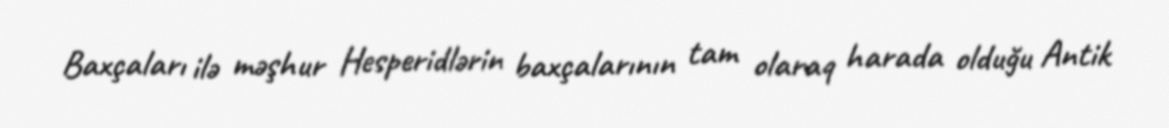
Baxçaları ilə məşhur Hesperidlərin baxçalarının tam olaraq harada olduğu Antik